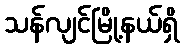
သန်လျင်မြို့နယ်ရှိ